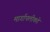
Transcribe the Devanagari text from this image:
मार्गापलीकडे